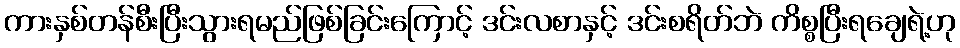
ကားနှစ်တန်စီးပြီးသွားရမည်ဖြစ်ခြင်းကြောင့် ဒင်းလစာနှင့် ဒင်းစရိတ်ဘဲ ကိစ္စပြီးရချေရဲ့ဟု